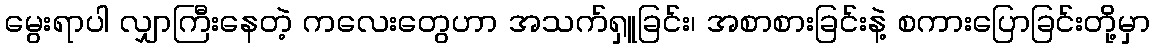
မွေးရာပါ လျှာကြီးနေတဲ့ ကလေးတွေဟာ အသက်ရှူခြင်း၊ အစာစားခြင်းနဲ့ စကားပြောခြင်းတို့မှာ